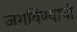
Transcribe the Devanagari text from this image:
जगविण्याची